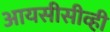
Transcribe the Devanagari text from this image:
आयसीसीव्ही